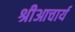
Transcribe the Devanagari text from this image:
श्रीआचार्य